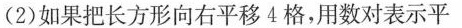
(2)如果把长方形向右平移4格，用数对表示平